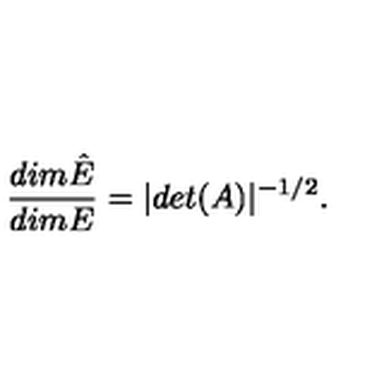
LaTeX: \frac { d i m \hat { E } } { d i m E } = | d e t ( A ) | ^ { - 1 / 2 } .